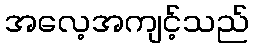
အလေ့အကျင့်သည်